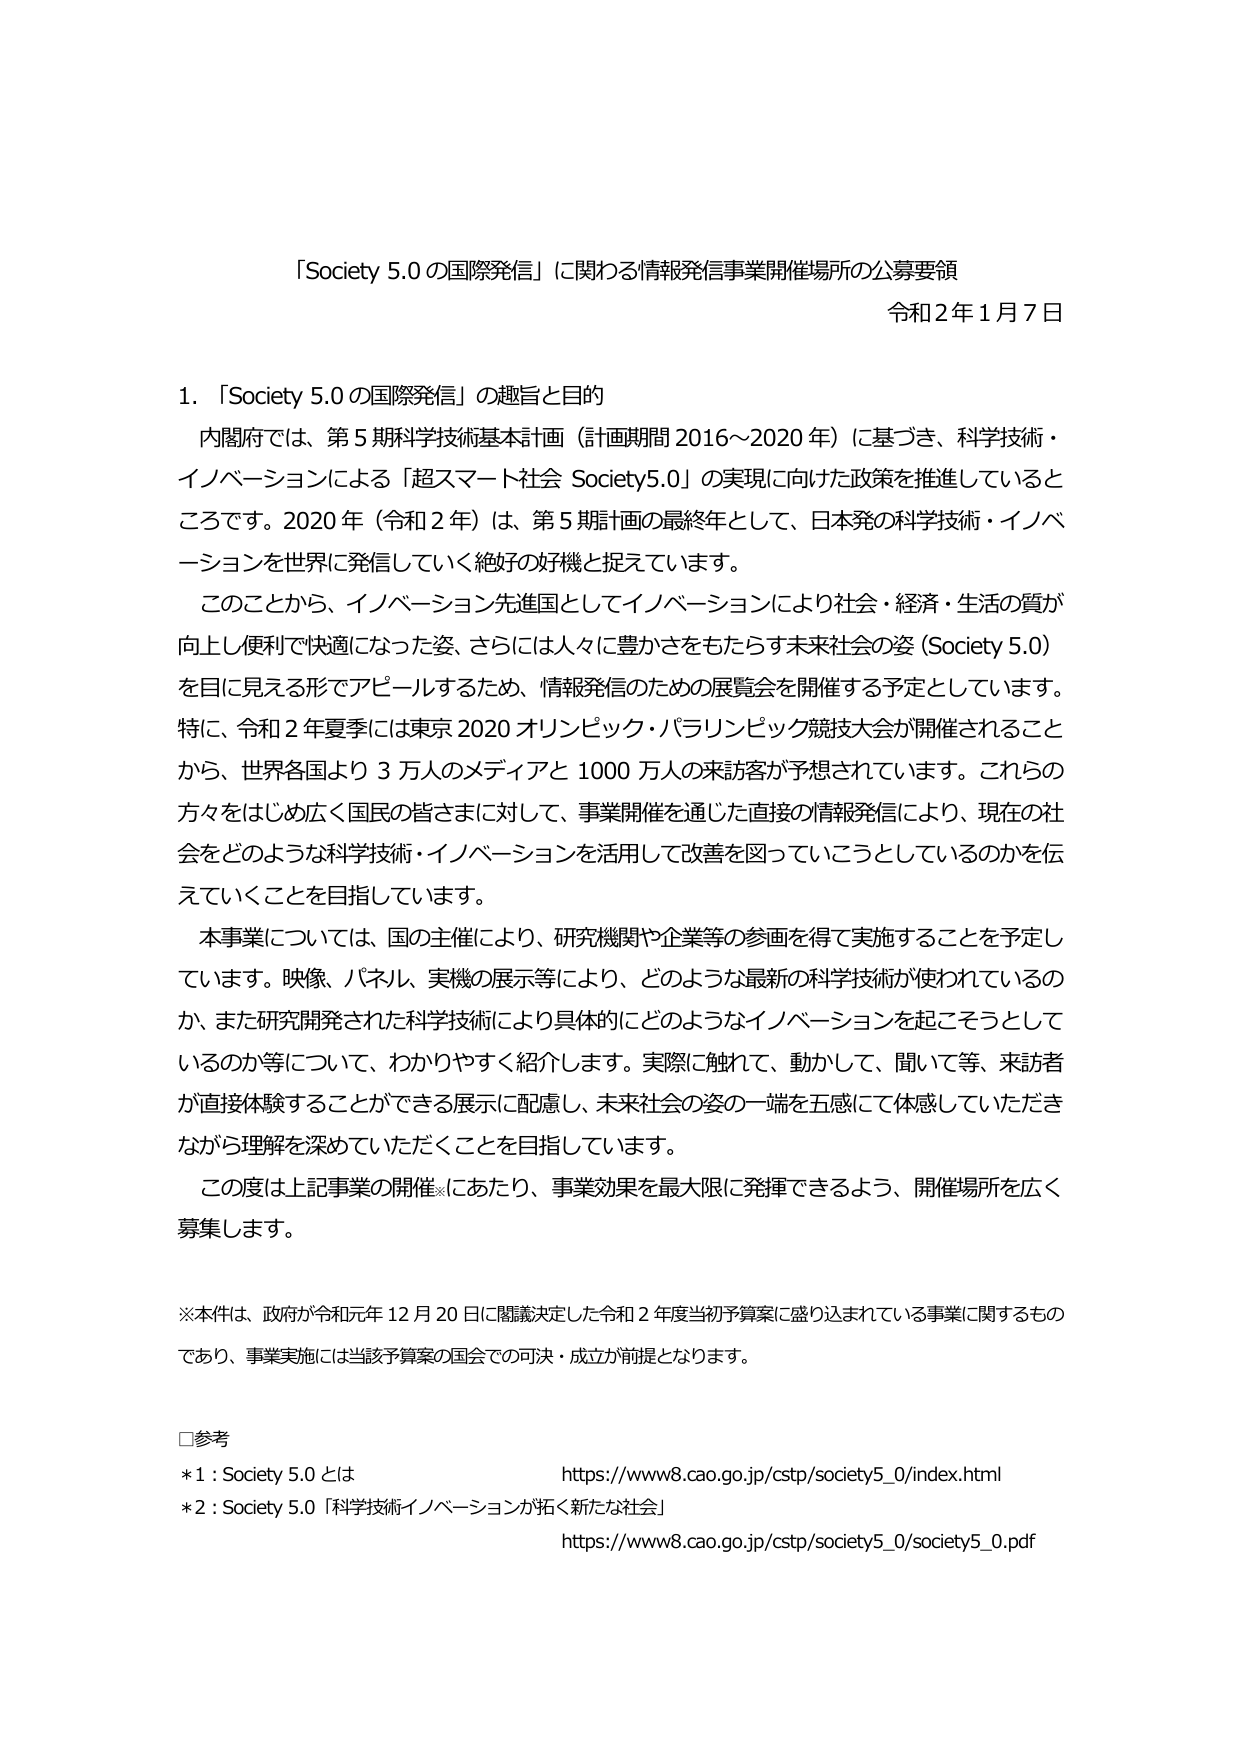
「Society 5.0 の国際発信」に関わる情報発信事業開催場所の公募要領
令和２年１月７日

1．「Society 5.0 の国際発信」の趣旨と目的
　内閣府では、第５期科学技術基本計画（計画期間 2016～2020 年）に基づき、科学技術・イノベーションによる「超スマート社会 Society5.0」の実現に向けた政策を推進しているところです。2020 年（令和２年）は、第５期計画の最終年として、日本発の科学技術・イノベーションを世界に発信していく絶好の好機と捉えています。
　このことから、イノベーション先進国としてイノベーションにより社会・経済・生活の質が向上し便利で快適になった姿、さらには人々に豊かさをもたらす未来社会の姿（Society 5.0）を目に見える形でアピールするため、情報発信のための展覧会を開催する予定としています。特に、令和２年夏季には東京 2020 オリンピック・パラリンピック競技大会が開催されることから、世界各国より３万人のメディアと 1000 万人の来訪客が予想されています。これらの方々をはじめ広く国民の皆さまに対して、事業開催を通じた直接の情報発信により、現在の社会をどのような科学技術・イノベーションを活用して改善を図っていこうとしているのかを伝えていくことを目指しています。
　本事業については、国の主催により、研究機関や企業等の参画を得て実施することを予定しています。映像、パネル、実機の展示等により、どのような最新の科学技術が使われているのか、また研究開発された科学技術により具体的にどのようなイノベーションを起こそうとしているのか等について、わかりやすく紹介します。実際に触れて、動かして、聞いて等、来訪者が直接体験することができる展示に配慮し、未来社会の姿の一端を五感にて体感していただきながら理解を深めていただくことを目指しています。
　この度は上記事業の開催にあたり、事業効果を最大限に発揮できるよう、開催場所を広く募集します。

※本件は、政府が令和元年 12 月 20 日に閣議決定した令和２年度当初予算案に盛り込まれている事業に関するものであり、事業実施には当該予算案の国会での可決・成立が前提となります。

□参考
*1：Society 5.0 とは　https://www8.cao.go.jp/cstp/society5_0/index.html
*2：Society 5.0「科学技術イノベーションが拓く新たな社会」　https://www8.cao.go.jp/cstp/society5_0/society5_0.pdf